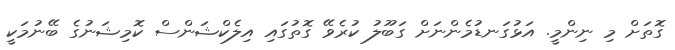
ގޮތަށް މި ނިންމީ. އަޅުގަނޑުމެންނަށް ގަބޫލު ކުރެވޭ ގޮތުގައި އިލެކްޝަންސް ކޮމިޝަނުގެ ބޭނުމަކީ